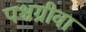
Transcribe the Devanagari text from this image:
पश्चग्रीवा